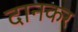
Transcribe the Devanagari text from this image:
दानकर